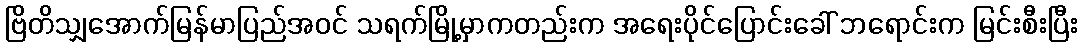
ဗြိတိသျှအောက်မြန်မာပြည်အဝင် သရက်မြို့မှာကတည်းက အရေးပိုင်ပြောင်းခေါ် ဘရောင်းက မြင်းစီးပြီး